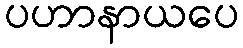
ပဟာနာယပေ